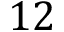
1 2